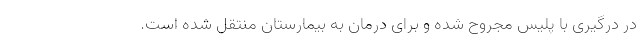
در درگیری با پلیس مجروح شده و برای درمان به بیمارستان منتقل شده است.